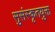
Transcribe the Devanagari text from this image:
सुसंस्कृतयुक्त